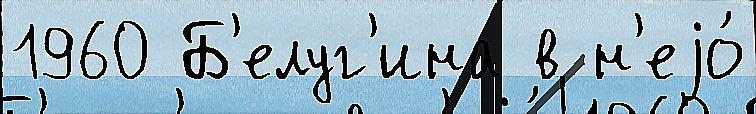
1960 Б'елуг'ина в н'еjо́